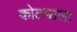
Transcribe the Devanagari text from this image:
कोट्याला